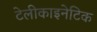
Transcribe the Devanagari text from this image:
टेलीकाइनेटिक